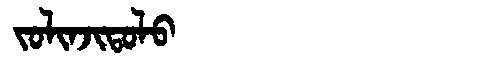
Manchu: ᠵᠣᠯᡳᠨᠵᡳᡨᠣᠯᠣ
Romanization: JOLINJITOLO